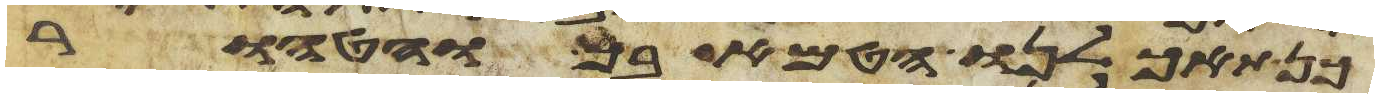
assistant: כן תאכלנו הטמא בך והטהור